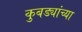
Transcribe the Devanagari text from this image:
कुबड्यांच्या